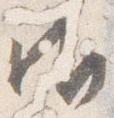
御